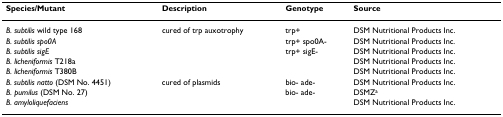
| Species/Mutant | Description | Genotype | Source |
 | --- | --- | --- | --- |
 | B. subtilis wild type 168 | cured of trp auxotrophy | trp+ | DSM Nutritional Products Inc. |
 | B. subtilis spo0A |  | trp+ spo0A- | DSM Nutritional Products Inc. |
 | B. subtilis sigE |  | trp+ sigE- | DSM Nutritional Products Inc. |
 | B. licheniformis T218a |  |  | DSM Nutritional Products Inc. |
 | B. licheniformis T380B |  |  | DSM Nutritional Products Inc. |
 | B. subtilis natto (DSM No. 4451) | cured of plasmids | bio- ade- | DSM Nutritional Products Inc. |
 | B. pumilus (DSM No. 27) |  | bio- ade- | DSMZa |
 | B. amyloliquefaciens |  |  | DSM Nutritional Products Inc. |